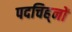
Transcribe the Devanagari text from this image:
पदचिह्‌नों